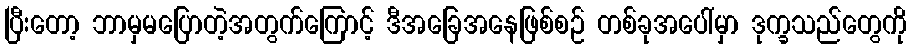
ပြီးတော့ ဘာမှမပြောတဲ့အတွက်ကြောင့် ဒီအခြေအနေဖြစ်စဉ် တစ်ခုအပေါ်မှာ ဒုက္ခသည်တွေကို